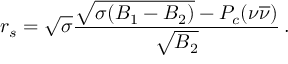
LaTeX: r _ { s } = \sqrt { \sigma } { \frac { \sqrt { \sigma ( B _ { 1 } - B _ { 2 } ) } - P _ { c } ( \nu \overline { { { \nu } } } ) } { \sqrt { B _ { 2 } } } } \, .